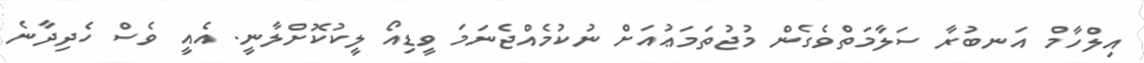
އިލްހާމް އަނބުރާ ސަލާމަތްވެގެން މުޖުތަމަޢުއަށް ނުކުމެއްޖެނަމަ ވީޑިއޯ ލީކުކޮށްލާނީ. އެއީ ވެސް ހެދިދާނެ